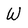
Character: W